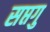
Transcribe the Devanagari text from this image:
सप्तगु